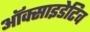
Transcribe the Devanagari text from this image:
ऑक्साइडेटिव